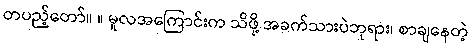
တပည့်တော်။ ။ မူလအကြောင်းက သိဖို့ အခက်သားပဲဘုရား၊ စာချနေတဲ့